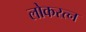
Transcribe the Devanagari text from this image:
लोकरत्न